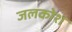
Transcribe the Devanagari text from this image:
जलकोश